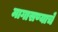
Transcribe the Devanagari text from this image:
मागासण्याचे